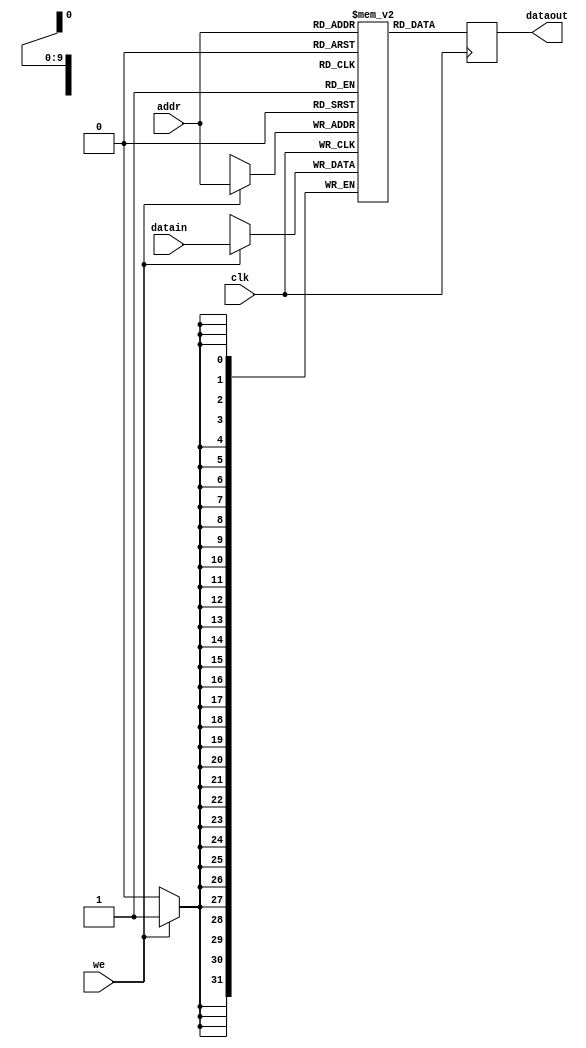
module data_memory(input 		  clk, we,
						 input [9:0]  addr,
						 input [31:0] datain,
						 output reg [31:0] dataout);
	reg [31:0] mem [1023:0];
	
	always @(posedge clk) begin
		if(we) mem[addr] <= datain;
		dataout <= mem[addr];
	end
endmodule